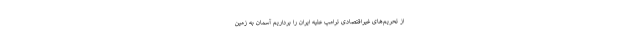
از تحریم‌های غیراقتصادی ترامپ علیه ایران را برداریم آسمان به زمین